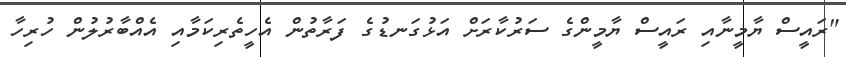
"ރައީސް ޔާމީނާއި ރައީސް ޔާމީންގެ ސަރުކާރަށް އަޅުގަނޑުގެ ފަރާތުން އެހީތެރިކަމާއި އެއްބާރުލުން ހުރިހާ